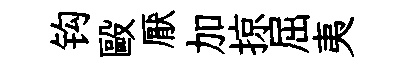
钩毆厭加掠屈夷